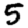
Digit: 5